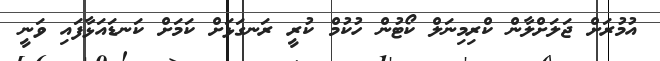
އުމުރަށް ޖަލަށްލާން ކްރިމިނަލް ކޯޓުން ހުކުމް ކުރީ ރަނގަޅަށް ކަމަށް ކަނޑައަޅާފައި ވަނީ